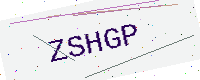
Text: ZSHGP